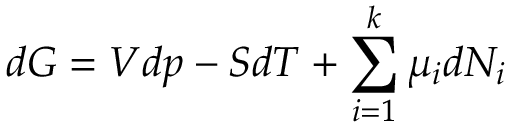
d G = V d p - S d T + \sum _ { i = 1 } ^ { k } \mu _ { i } d N _ { i }